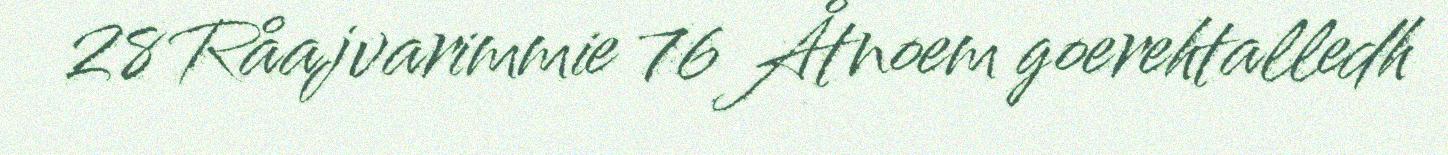
28 Råajvarimmie 76 Åtnoem goerehtalledh